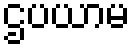
ဌပယာမ